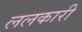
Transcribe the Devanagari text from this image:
ललकारी